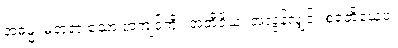
အဓမ္မံ၊ မတရားသော အကျင့်ကို။ အတိဝိယ၊ အလွန်လျှင်။ စရတိယေဝ၊